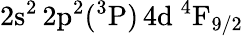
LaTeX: \mathrm{2s^{2}\, 2p^{2}(^{3}P)\, 4d~^{4}F_{9/2}}